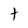
Character: t